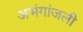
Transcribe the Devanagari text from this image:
अभंगांजली